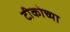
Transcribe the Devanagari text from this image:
टीकोच्या